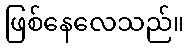
ဖြစ်နေလေသည်။